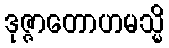
ဒုဇ္ဇာတောဟမသ္မိ